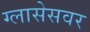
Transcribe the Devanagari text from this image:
ग्लासेसवर